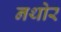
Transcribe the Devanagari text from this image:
नथोर